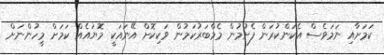
ކަމަށާއި ނަމަވެސް އެކަންކުރަން ފެށުމުން މެމްބަރުކަމުން ވަކިކޮށް އޭނައަކީ މޮޔައެއް ކަމަށް މީހުންނަށް